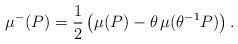
LaTeX: \begin{align*}\mu^- (P) = \frac 1 2 \left( \mu (P) - \theta \, \mu (\theta^{-1} P) \right) .\end{align*}